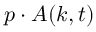
\boldsymbol { p } \cdot \boldsymbol { A } ( \boldsymbol { k } , t )